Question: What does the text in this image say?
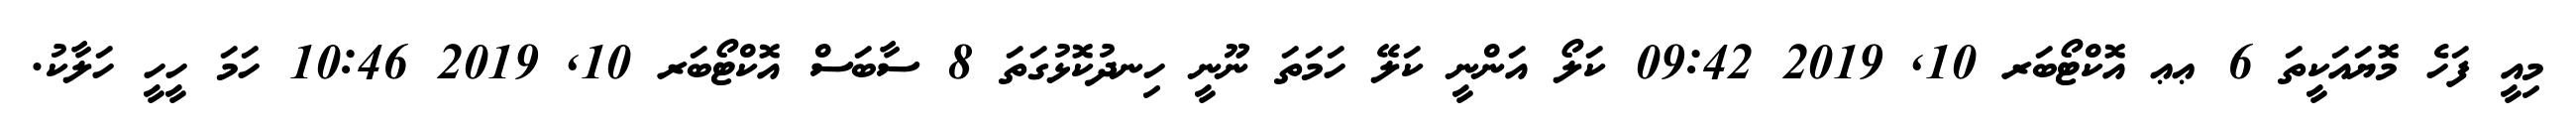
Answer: މިއީ ފަހެ މޮޔައަކީތަ 6 ޢޢ އޮކްޓޯބަރ 10, 2019 09:42 ކަލޯ އަންނީ ކަލޭ ހަމަތަ ނޫނީ ހިނދުކޮޅުގަތަ 8 ސާބަސް އޮކްޓޯބަރ 10, 2019 10:46 ހަމަ ހީހީ ހަލާކު.